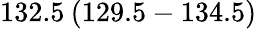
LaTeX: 132.5\: (129.5-134.5)